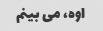
اوه، می بینم